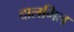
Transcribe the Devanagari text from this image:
दालमिल